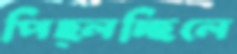
পিছ্‌লচ্ছিলে